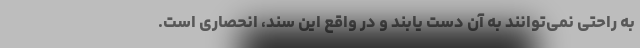
به راحتی نمی‌توانند به آن دست یابند و در واقع این سند، انحصاری است.